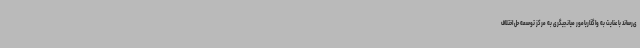
ی‌رساند با عنایت به واگذاریامور میانجیگری به مرکز توسعه حل اختلاف